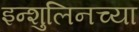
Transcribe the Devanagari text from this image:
इन्शुलिनच्या